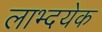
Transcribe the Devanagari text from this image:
लाभ्दयेक